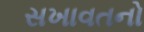
સખાવતનો